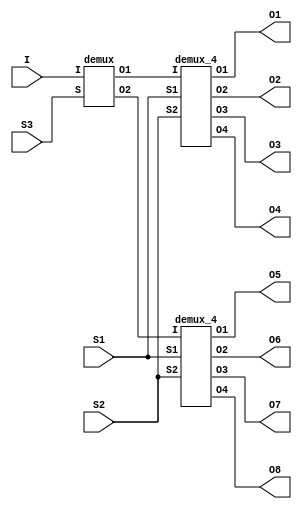
module demux_8(O1,O2,O3,O4,O5,O6,O7,O8,S1,S2,S3,I);
	output O1,O2,O3,O4,O5,O6,O7,O8;
	input I,S1,S2,S3;
	wire x,y;
	demux dm1(x,y,S3,I);
	demux_4 dm2(S1,S2,x,O1,O2,O3,O4);
	demux_4 dm3(S1,S2,y,O5,O6,O7,O8);
endmodule
module demux(O1,O2,S,I);
	output O1,O2;
	input S,I;
	wire x;
	not_gate n1(S,x);
	and_gate and1(x,I,O1);
	and_gate and2(S,I,O2);
endmodule
module demux_4(S1,S2,I,O1,O2,O3,O4);
	input S1,S2,I;
	output O1,O2,O3,O4;
	wire x,y,a,b,c,d;
	not_gate not1(S1,x);
	not_gate not2(S2,y);
	and_gate and1(x,y,a);
	and_gate and2(y,S1,b);
	and_gate and3(S2,x,c);
	and_gate and4(S1,S2,d);
	and_gate and5(a,I,O1);
	and_gate and6(b,I,O2);
	and_gate and7(c,I,O3);
	and_gate and8(d,I,O4);
endmodule
module and_gate(I1,I2,O);
	input I1,I2;
	output O;
        wire W;
	nand(W,I1,I2);
        nand(O,W,W);
endmodule

module or_gate(I1,I2,O);
	input I1,I2;
	output O;
        wire W1,W2;
	nand(W1,I1,I1);
        nand(W2,I2,I2);
        nand(W2,I2,I2);
	nand(O,W1,W2);
endmodule

module not_gate(I,O);
	input I;
	output O;
	nand(O,I,I);
endmodule